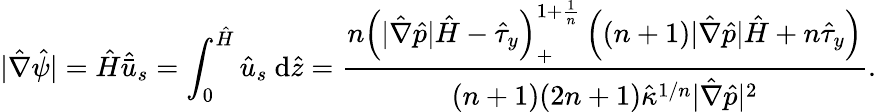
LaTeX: |\hat{\nabla}\hat{\psi}|=\hat{H}\hat{\bar{u}}_{s}=\int_{0}^{\hat{H}}\hat{u}_{s}~\mathrm{d}\hat{z}=\frac{\displaystyle{n\left(|\hat{\nabla}\hat{p}|\hat{H}-\hat{\tau}_{y}\right)_{+}^{1+\frac{1}{n}}\left((n+1)|\hat{\nabla}\hat{p}|\hat{H}+n\hat{\tau}_{y}\right)}}{(n+1)(2n+1)\hat{\kappa}^{1/n}|\hat{\nabla}\hat{p}|^{2}}.